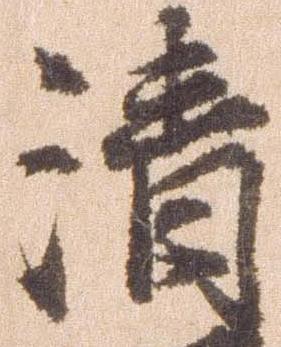
清